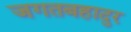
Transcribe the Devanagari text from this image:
जगतबहादुर